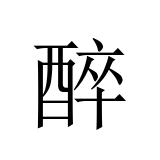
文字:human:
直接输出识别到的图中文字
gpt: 醉